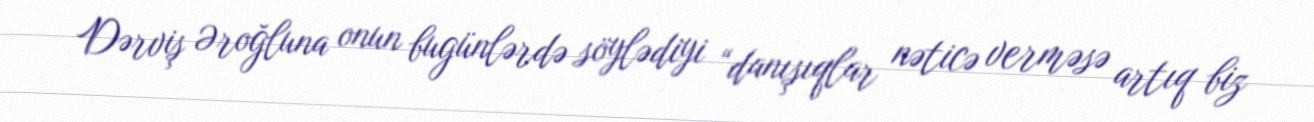
Dərviş Əroğluna onun bugünlərdə söylədiyi “danışıqlar nəticə verməsə artıq biz